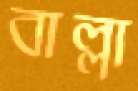
বাল্লা